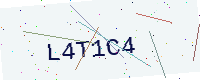
Text: L4T1C4